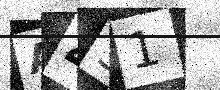
Text: A451